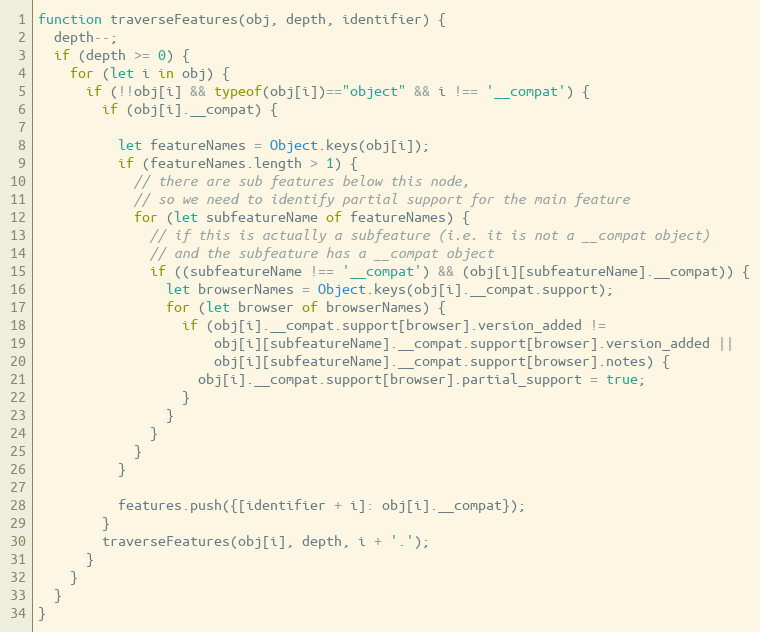
Language: JavaScript
function traverseFeatures(obj, depth, identifier) {
  depth--;
  if (depth >= 0) {
    for (let i in obj) {
      if (!!obj[i] && typeof(obj[i])=="object" && i !== '__compat') {
        if (obj[i].__compat) {

          let featureNames = Object.keys(obj[i]);
          if (featureNames.length > 1) {
            // there are sub features below this node,
            // so we need to identify partial support for the main feature
            for (let subfeatureName of featureNames) {
              // if this is actually a subfeature (i.e. it is not a __compat object)
              // and the subfeature has a __compat object
              if ((subfeatureName !== '__compat') && (obj[i][subfeatureName].__compat)) {
                let browserNames = Object.keys(obj[i].__compat.support);
                for (let browser of browserNames) {
                  if (obj[i].__compat.support[browser].version_added !=
                      obj[i][subfeatureName].__compat.support[browser].version_added ||
                      obj[i][subfeatureName].__compat.support[browser].notes) {
                    obj[i].__compat.support[browser].partial_support = true;
                  }
                }
              }
            }
          }

          features.push({[identifier + i]: obj[i].__compat});
        }
        traverseFeatures(obj[i], depth, i + '.');
      }
    }
  }
}